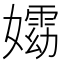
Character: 𡢵